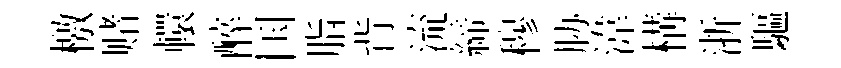
檄赌轘醉国脂背流締穆胁湋構浙驅